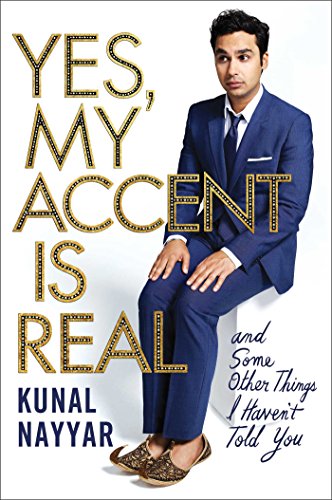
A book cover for Yes, My Accent Is Real: And Some Other Things I Haven't Told You; Kunal Nayyar; Humor & Entertainment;